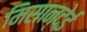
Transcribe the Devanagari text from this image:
मिसान्देई